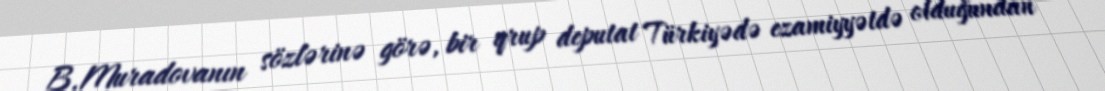
B.Muradovanın sözlərinə görə, bir qrup deputat Türkiyədə ezamiyyətdə olduğundan